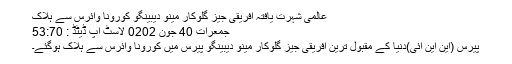
﻿ عالمی شہرت یافتہ افریقی جیز گلوکار مینو دیبینگو کورونا وائرس سے ہلاک
جمعرات‬‮ 04 جون‬‮ 2020 لاسٹ اپ ڈیٹڈ : 07:35
پیرس (این این آئی)دنیا کے مقبول ترین افریقی جیز گلوکار مینو دیبینگو پیرس میں کورونا وائرس سے ہلاک ہوگئے۔